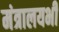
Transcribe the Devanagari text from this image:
मंत्रालयभी